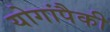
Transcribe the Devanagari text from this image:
योगांपैकी